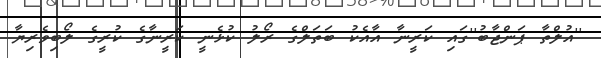
''އުލްތާ ޕަންޖާބު''ގައި ކަރީނާ އާއެކު ބަތަލްގެ ރޯލު ކުޅެނީ ކަރީނާގެ ކުރީގެ ލޯބިވެރިޔާ